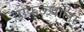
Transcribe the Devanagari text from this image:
ढोकळ्याला